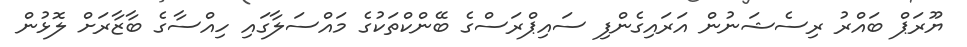
ޔޫރަޕް ބައްރު ރިސެޝަނުން އަރައިގެންފި ސައިޕްރަސްގެ ބޭންކްތަކުގެ މައްސަލާގައި ހިއްސާގެ ބާޒާރަށް ލޮޅުން